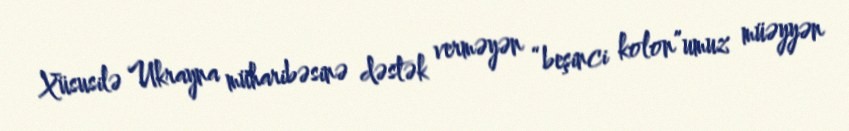
Xüsusilə Ukrayna müharibəsinə dəstək verməyən “beşinci kolon”umuz müəyyən